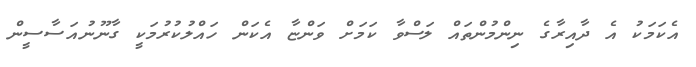
އެކަމަކު އެ ދާއިރާގެ ނިންމުންތައް ލަސްވާ ކަމަށް ވަންޏާ އެކަން ހައްލުކުރުމަކީ ގާނޫނުއަސާސީން